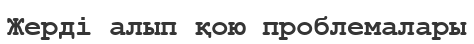
Жерді алып қою проблемалары